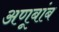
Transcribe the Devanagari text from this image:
अणूबांब